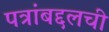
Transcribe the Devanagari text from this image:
पत्रांबद्दलची